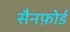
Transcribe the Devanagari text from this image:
सैनफ़ोर्ड